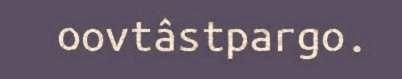
oovtâstpargo.